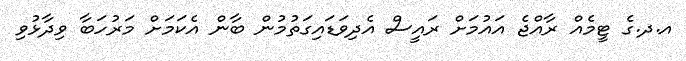
އ.ދ.ގެ ޓީމެއް ރާއްޖެ އައުމަށް ރައީސް އެދިވަޑައިގަތުމުން ބާން އެކަމަށް މަރުހަބާ ވިދާޅުވި